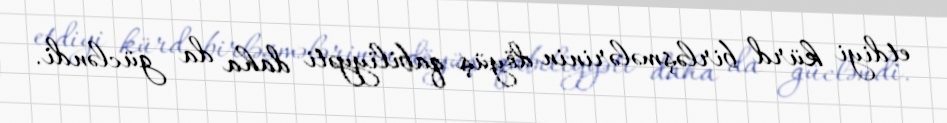
etdiyi kürd birləşmələrinin döyüş qabiliyyəti daha da gücləndi.